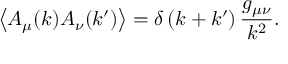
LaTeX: \left\langle A _ { \mu } ( k ) A _ { \nu } ( k ^ { \prime } ) \right\rangle = \delta \left( k + k ^ { \prime } \right) { \frac { g _ { \mu \nu } } { k ^ { 2 } } } .